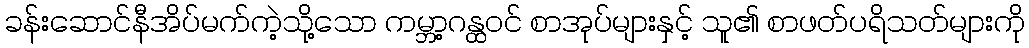
ခန်းဆောင်နီအိပ်မက်ကဲ့သို့သော ကမ္ဘာ့ဂန္ထဝင် စာအုပ်များနှင့် သူ၏ စာဖတ်ပရိသတ်များကို